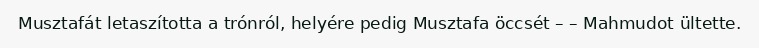
Musztafát letaszította a trónról, helyére pedig Musztafa öccsét – – Mahmudot ültette.